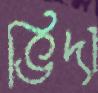
ভিদা